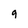
Character: g